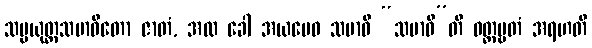
သမ္ပယုတ္တသမာဓိတော ဇာတံ, အထ ခေါ အယမေဝ သမာဓိ “သမာဓီ”တိ ဝတ္တဗ္ဗတံ အရဟတိ